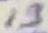
Text: 13